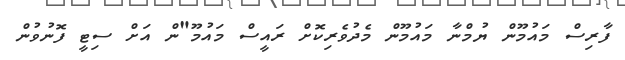
ފާރިސް މައުމޫން ޔުމްނާ މައުމޫން މެދުވެރިކޮށް ރައީސް މައުމޫ"ން އަށް ސިޓީ ފޮނުވުން